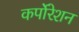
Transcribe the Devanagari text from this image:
कर्पोरेशन